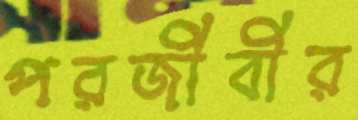
পরজীবীর